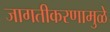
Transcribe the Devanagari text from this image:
जागतीकरणामुळे